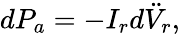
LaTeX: dP_{a}=-I_{r}d\ddot{V}_{r},